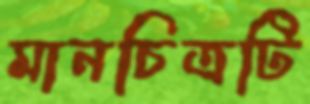
মানচিত্রটি